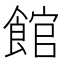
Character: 館